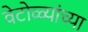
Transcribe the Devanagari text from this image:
वेटोळ्यांच्या